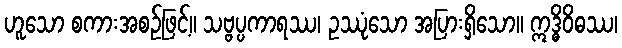
ဟူသော စကားအစဉ်ဖြင့်။ သဗ္ဗပ္ပကာရဿ၊ ဥဿုံသော အပြားရှိသော။ ဣဒ္ဓိဝိဓဿ၊